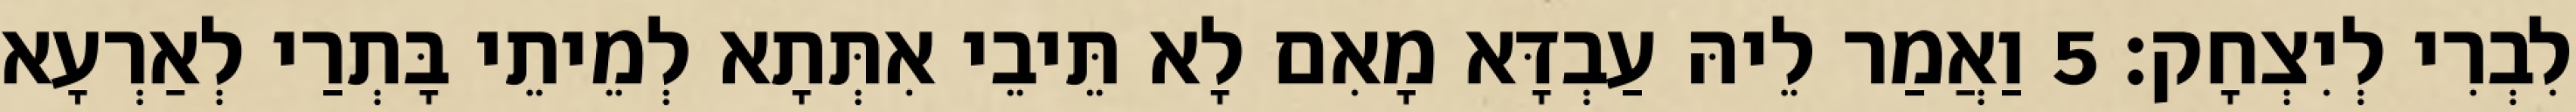
לִבְרִי לְיִצְחָק׃ 5 וַאֲמַר לֵיהּ עַבְדָּא מָאִם לָא תֵּיבֵי אִתְּתָא לְמֵיתֵי בָּתְרַי לְאַרְעָא